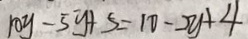
1 0 y - 5 y + 5 = 1 0 - 2 y + 4